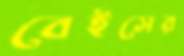
বেইসের